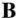
B